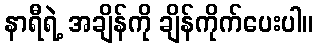
နာရီရဲ့ အချိန်ကို ချိန်ကိုက်ပေးပါ။